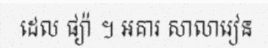
ដេល ផ្យ៉ា ។ អគារ សាលារៀន